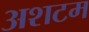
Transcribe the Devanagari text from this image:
अशटम